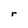
Character: r